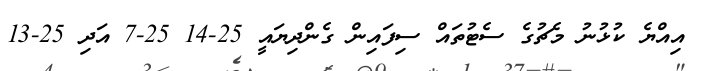
އިއްޔެ ކުޅުނު މެޗުގެ ސެޓުތައް ސިފައިން ގެންދިޔައީ 25-14 25-7 އަދި 25-13